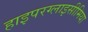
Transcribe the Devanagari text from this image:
हाइपरग्लाइसीमिया